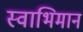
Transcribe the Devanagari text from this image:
स्‍वाभिमान